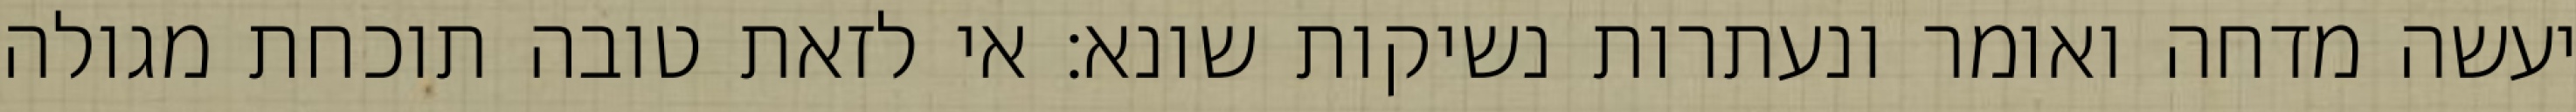
יעשה מדחה ואומר ונעתרות נשיקות שונא: אי לזאת טובה תוכחת מגולה